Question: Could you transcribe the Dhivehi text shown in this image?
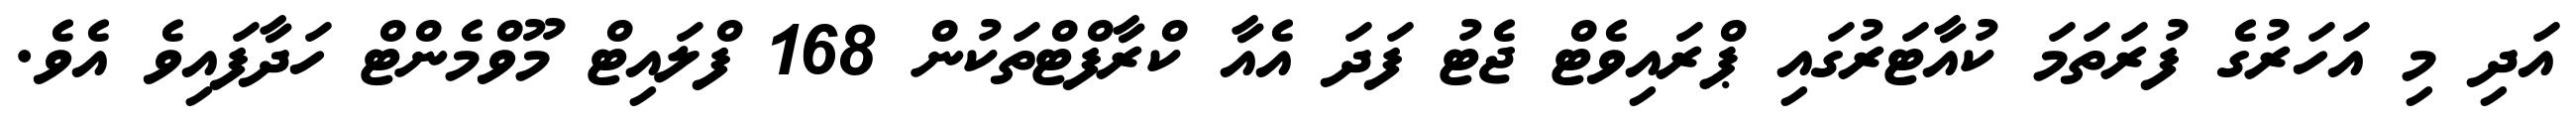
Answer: އަދި މި އަހަރުގެ ފުރަތަމަ ކުއާޓަރުގައި ޕްރައިވެޓް ޖެޓު ފަދަ އެއާ ކްރާފްޓްތަކުން 168 ފްލައިޓް މޫވްމެންޓް ހަދާފައިވެ އެވެ.